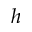
h